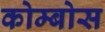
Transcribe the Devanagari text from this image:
कोम्बोस